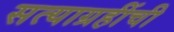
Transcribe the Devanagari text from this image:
सत्याग्रहींची